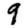
Digit: 9